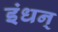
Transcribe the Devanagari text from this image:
इंधन्